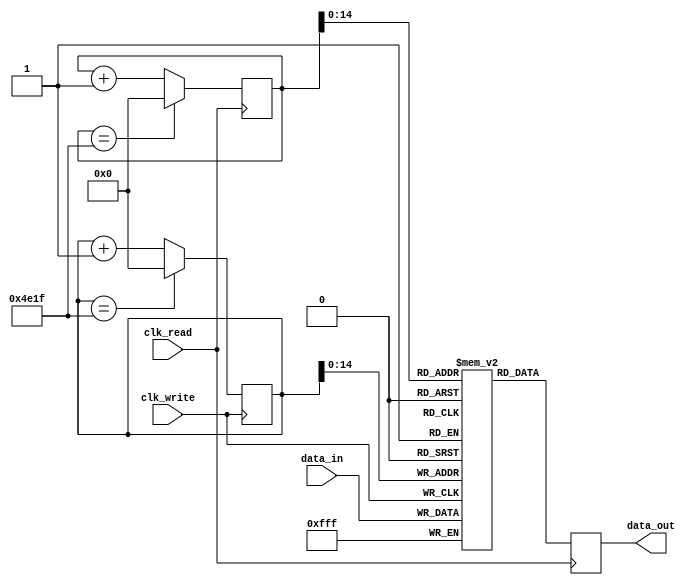
`timescale 1ns / 1ps
//////////////////////////////////////////////////////////////////////////////////
// Company: 
// Engineer: 
// 
// Design Name: 
// Module Name: one_second_delay
// Project Name: 
// Target Devices: 
// Tool Versions: 
// Description: 
// 
// Dependencies: 
// 
// Revision:
// Revision 0.01 - File Created
// Additional Comments:
// 
//////////////////////////////////////////////////////////////////////////////////


module one_second_delay(
    input clk_write, //20khz
    input clk_read, //20kHz
    input [11:0] data_in, //MIC_In
    output reg [11:0] data_out //speaker_out
    );


    reg [11:0] memory [0:19999];    

    reg [31:0] i = 0;
    reg [31:0] j = 1;

    always @ (posedge clk_write) begin //20kHz
        i <= (i == 19999) ? 0 : i + 1;
        memory[i] <=  data_in;
    end

    always @ (posedge clk_read) begin //20kHz
        j <= (j == 19999) ? 0 : j + 1;
        data_out <=  memory[j]; 
    end
     
endmodule